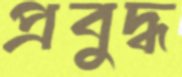
প্রবুদ্ধ